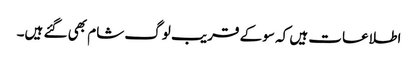
اطلاعات ہیں کہ سو کے قریب لوگ شام بھی گئے ہیں۔